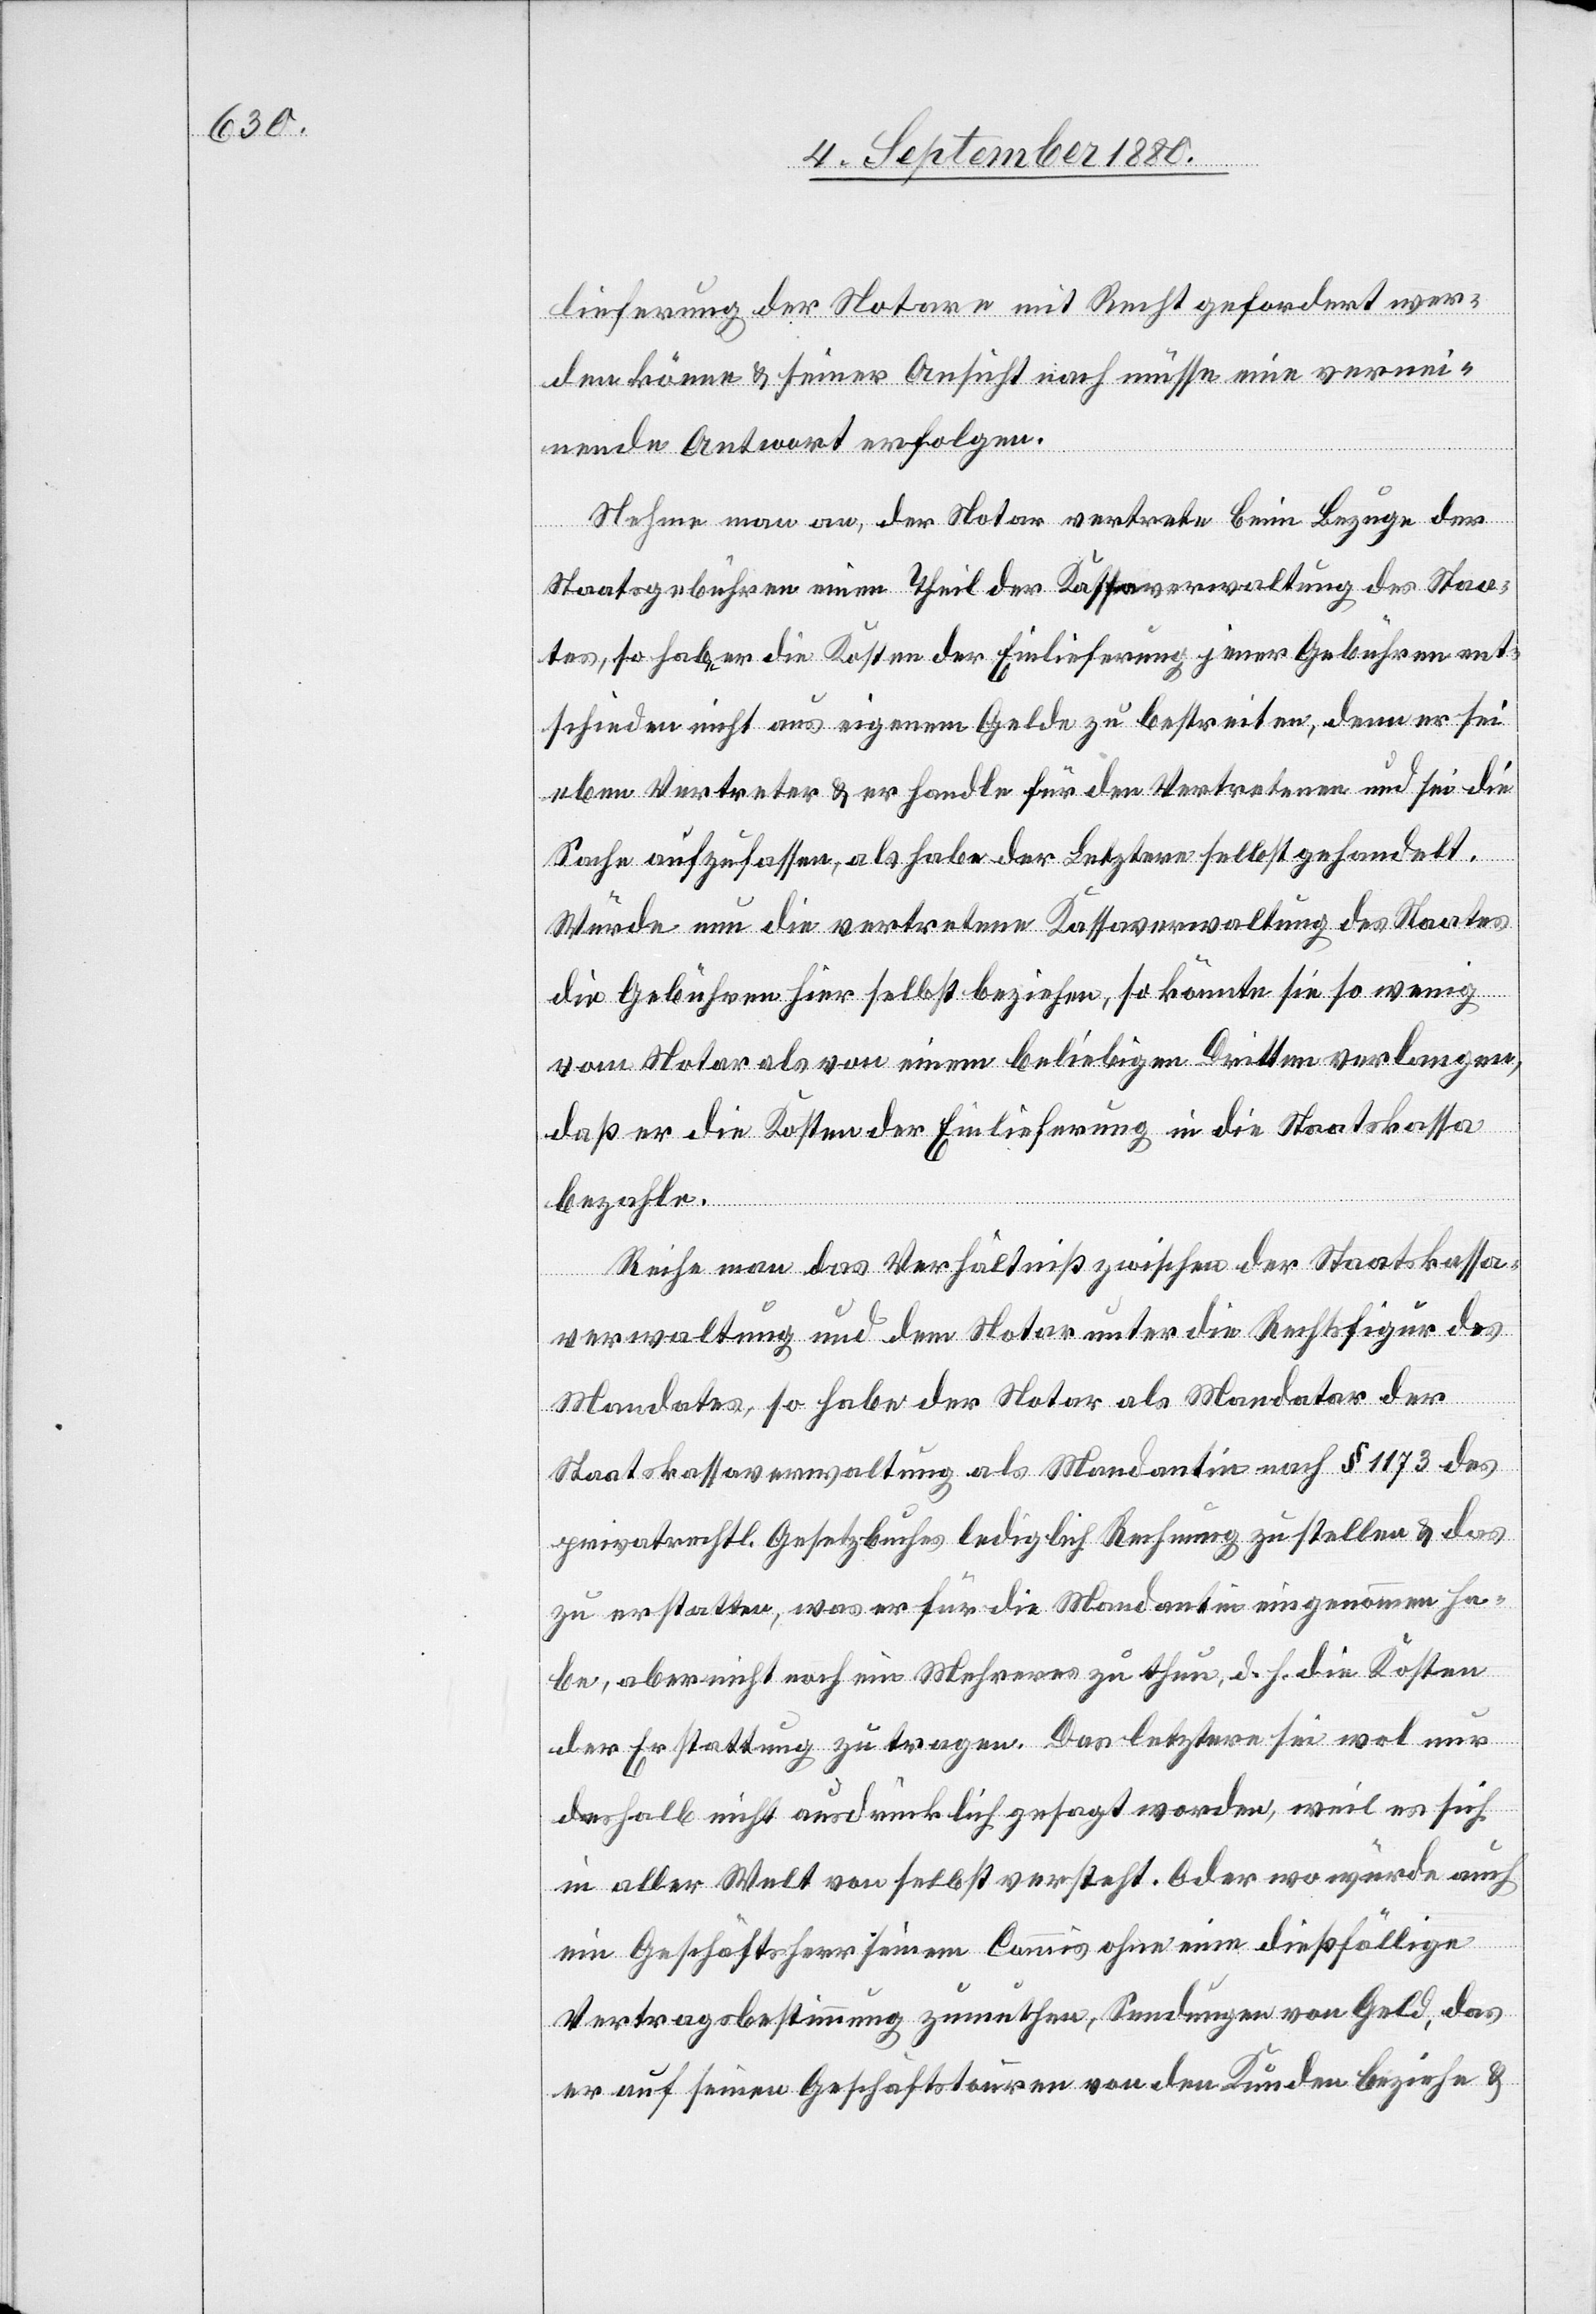
lieferung der Notare mit Recht gefordert wer¬
den könne & seiner Ansicht nach müsse eine vernei¬
nende Antwort erfolgen.
Nehme man an, der Notar vertrete beim Bezuge der
Staatsgebühren einen Theil der Kassaverwaltung des Staa¬
tes, so habe er die Kosten der Einlieferung jener Gebühren ent¬
schieden nicht aus eigenem Gelde zu bestreiten, denn er sei
eben Vertreter & er handle für den Vertretenen und sei die
Sache aufzufassen, als habe der Letztere selbst gehandelt.
Würde nun die vertretene Kassaverwaltung des Staates
die Gebühren hier selbst beziehen, so könnte sie so wenig
vom Notar als von einem beliebigen Dritten verlangen,
daß er die Kosten der Einlieferung in die Staatskassa
bezahle.
Reihe man das Verhältniß zwischen der Staatskassa¬
verwaltung und dem Notar unter die Rechtsfigur des
Mandates, so habe der Notar als Mandator der
Staatskassaverwaltung als Mandantin nach § 1173 des
privatrechtl. Gesetzbuches lediglich Rechnung zu stellen & das
zu erstatten, was er für die Mandantin eingenommen ha¬
be, aber nicht noch ein Mehreres zu thun, d. h. die Kosten
der Erstattung zu tragen. Das letztere sei wol nur
deshalb nicht ausdrücklich gesagt worden, weil es sich
in aller Welt von selbst ersteht. Oder wo würde auch
ein Geschäftsherr seinem Commis ohne eine dießfällige
Vertragsbestimmung zumuthen, Sendungen von Geld, das
er auf seinen Geschäftstouren von den Kunden beziehe &